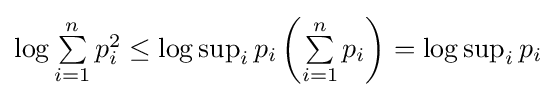
\textstyle \log \sum \limits _{i=1}^{n}{p_{i}^{2}}\leq \log \sup _{i}p_{i}\left({\sum \limits _{i=1}^{n}{p_{i}}}\right)=\log \sup _{i}p_{i}